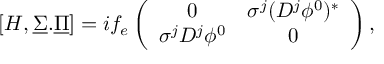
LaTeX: [ H , \underline { { { \Sigma } } } . \underline { { { \Pi } } } ] = i f _ { e } \left( \begin{array} { c c } { { 0 } } & { { \sigma ^ { j } ( D ^ { j } \phi ^ { 0 } ) ^ { * } } } \\ { { \sigma ^ { j } D ^ { j } \phi ^ { 0 } } } & { { 0 } } \end{array} \right) ,